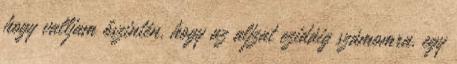
hogy valljam őszintén, hogy az aljzat ezidáig számomra, egy